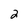
Character: 2